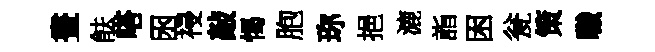
晝䏻嗒囦祲敲愒胞珎挹漉詣困瓮策職